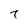
Character: 7